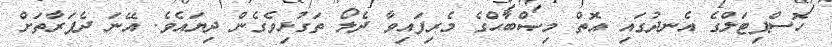
ހޮސްޕިޓަލްގެ އެނދުގައި އޮތް މިޞްބާޙްގެ މެރިފައިވާ ދެލޯ ތަގުޅިވެގެން ދިޔައެވެ. އޭނަ ދެފަރާތަށް